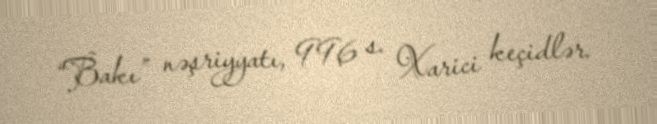
“Bakı” nəşriyyatı, 996 s. Xarici keçidlər.